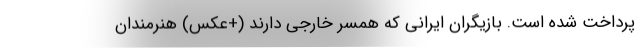
پرداخت شده است. بازیگران ایرانی که همسر خارجی دارند (+عکس) هنرمندان